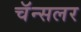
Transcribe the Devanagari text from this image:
चॅन्सलर